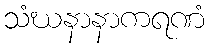
သံဃနာနာကရဏံ